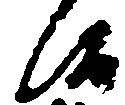
候